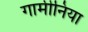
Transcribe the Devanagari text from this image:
गार्मीनिया